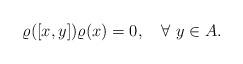
LaTeX: \begin{align*} \varrho([x,y])\varrho(x)=0,\quad\forall \ y\in A.\end{align*}